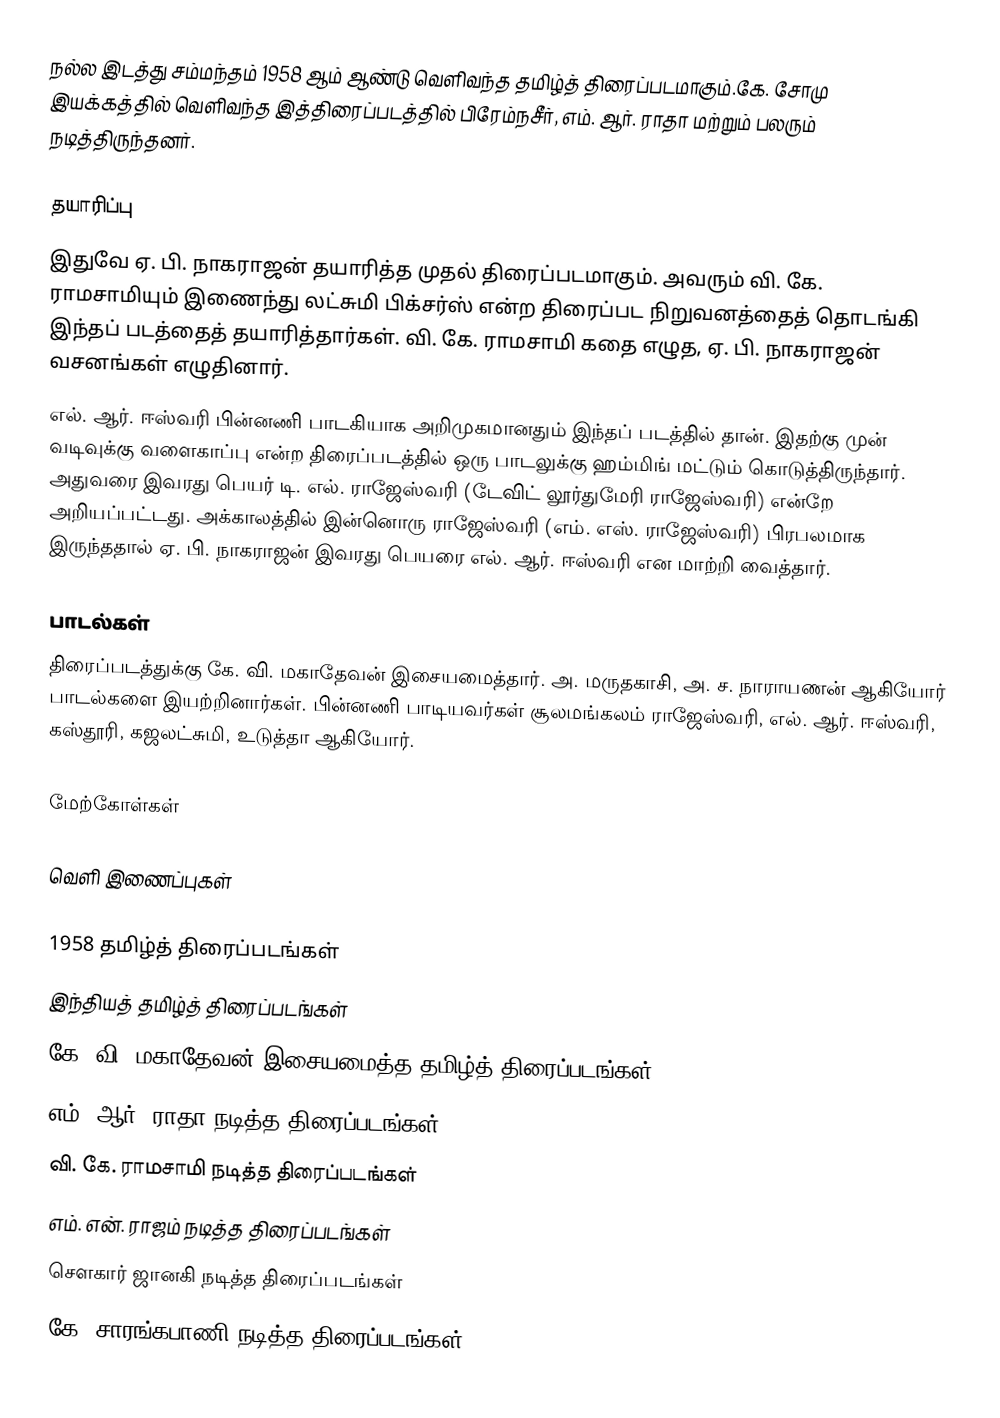
நல்ல இடத்து சம்மந்தம் 1958 ஆம் ஆண்டு வெளிவந்த தமிழ்த் திரைப்படமாகும்.கே. சோமு இயக்கத்தில் வெளிவந்த இத்திரைப்படத்தில் பிரேம்நசீர், எம். ஆர். ராதா மற்றும் பலரும் நடித்திருந்தனர்.

தயாரிப்பு
இதுவே ஏ. பி. நாகராஜன் தயாரித்த முதல் திரைப்படமாகும். அவரும் வி. கே. ராமசாமியும் இணைந்து லட்சுமி பிக்சர்ஸ் என்ற திரைப்பட நிறுவனத்தைத் தொடங்கி இந்தப் படத்தைத் தயாரித்தார்கள். வி. கே. ராமசாமி கதை எழுத, ஏ. பி. நாகராஜன் வசனங்கள் எழுதினார்.
எல். ஆர். ஈஸ்வரி பின்னணி பாடகியாக அறிமுகமானதும் இந்தப் படத்தில் தான். இதற்கு முன் வடிவுக்கு வளைகாப்பு என்ற திரைப்படத்தில் ஒரு பாடலுக்கு ஹம்மிங் மட்டும் கொடுத்திருந்தார். அதுவரை இவரது பெயர் டி. எல். ராஜேஸ்வரி (டேவிட் லூர்துமேரி ராஜேஸ்வரி) என்றே அறியப்பட்டது. அக்காலத்தில் இன்னொரு ராஜேஸ்வரி (எம். எஸ். ராஜேஸ்வரி) பிரபலமாக இருந்ததால் ஏ. பி. நாகராஜன் இவரது பெயரை எல். ஆர். ஈஸ்வரி என மாற்றி வைத்தார்.

பாடல்கள்
திரைப்படத்துக்கு கே. வி. மகாதேவன் இசையமைத்தார். அ. மருதகாசி, அ. ச. நாராயணன் ஆகியோர் பாடல்களை இயற்றினார்கள். பின்னணி பாடியவர்கள் சூலமங்கலம் ராஜேஸ்வரி, எல். ஆர். ஈஸ்வரி, கஸ்தூரி, கஜலட்சுமி, உடுத்தா ஆகியோர்.

மேற்கோள்கள்

வெளி இணைப்புகள்

1958 தமிழ்த் திரைப்படங்கள்
இந்தியத் தமிழ்த் திரைப்படங்கள்
கே. வி. மகாதேவன் இசையமைத்த தமிழ்த் திரைப்படங்கள்
எம். ஆர். ராதா நடித்த திரைப்படங்கள்
வி. கே. ராமசாமி நடித்த திரைப்படங்கள்
எம். என். ராஜம் நடித்த திரைப்படங்கள்
சௌகார் ஜானகி நடித்த திரைப்படங்கள்
கே. சாரங்கபாணி நடித்த திரைப்படங்கள்